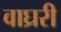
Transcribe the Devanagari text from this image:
वाघ्ररी